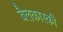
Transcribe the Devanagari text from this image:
बैलकास्की